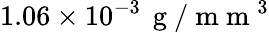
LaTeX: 1.06\times 10^{-3}\, \mathrm{~g~}/\mathrm{~m~m~}^{3}